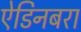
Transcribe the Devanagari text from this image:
ऐडिनबरा